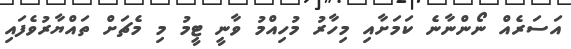
އަސަރެއް ނޯންނާނެ ކަމަށާއި މިހާރު މުހިއްމު ވާނީ ޓީމު މި މެޗަށް ތައްޔާރުވެފައި